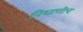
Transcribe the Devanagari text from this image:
निशाणीच